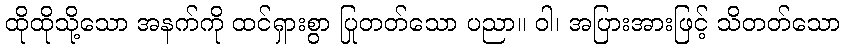
ထိုထိုသို့သော အနက်ကို ထင်ရှားစွာ ပြုတတ်သော ပညာ။ ဝါ၊ အပြားအားဖြင့် သိတတ်သော